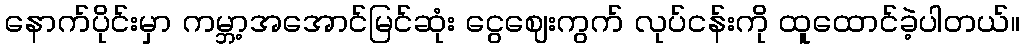
နောက်ပိုင်းမှာ ကမ္ဘာ့အအောင်မြင်ဆုံး ငွေဈေးကွက် လုပ်ငန်းကို ထူထောင်ခဲ့ပါတယ်။